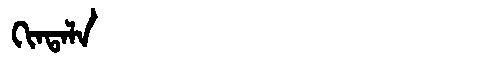
Manchu: ᡴᡳᠨᡨᠠᠯᠠ
Romanization: KINTALA